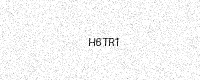
Text: H6TR1